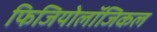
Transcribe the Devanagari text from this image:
फिजियोलॉजिकल